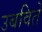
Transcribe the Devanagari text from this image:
उबविते